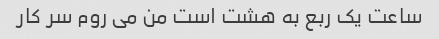
ساعت یک ربع به هشت است من می روم سر کار